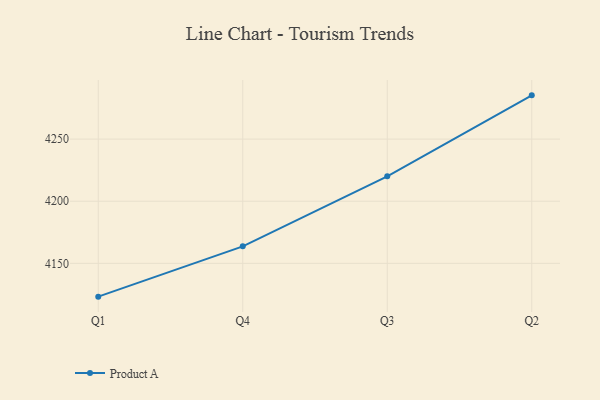
{"axis": {"x": "Quarter", "y": "Conversion Rate (%)"}, "legend": ["Product A"], "data": [{"x": "Q1", "y": 4123.2, "type": "Product A"}, {"x": "Q4", "y": 4163.7, "type": "Product A"}, {"x": "Q3", "y": 4220.0, "type": "Product A"}, {"x": "Q2", "y": 4285.2, "type": "Product A"}]}